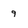
Character: g